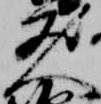
人